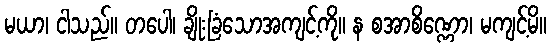
မယာ၊ ငါသည်။ တပေါ၊ ချိုးခြံသောအကျင့်ကို။ န စအာစိဏ္ဏော၊ မကျင့်မိ။